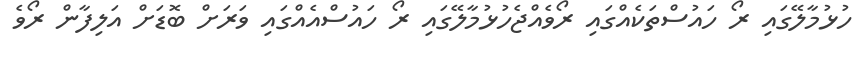
ހުޅުމާލޭގައި ރޯ ހައުސްތަކެއްގައި ރޯވެއްޖެހުޅުމާލޭގައި ރޯ ހައުސްއެއްގައި ވަރަށް ބޮޑަށް އަލިފާން ރޯވެ